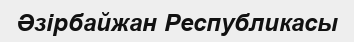
Әзірбайжан Республикасы